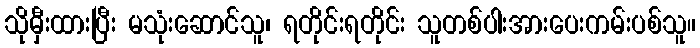
သိုမှီးထားပြီး မသုံးဆောင်သူ၊ ရတိုင်းရတိုင်း သူတစ်ပါးအားပေးကမ်းပစ်သူ။